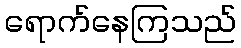
ရောက်နေကြသည်